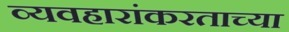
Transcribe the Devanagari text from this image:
व्यवहारांकरताच्या